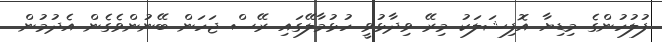
ފުލުހުންގެ މިޑިޔާ އޮފިޝަލަކު މިރޭ ވިދާޅުވީ ހުޅުމާލޭގައި ރޭސް ޖަހަން ބޭނުންވެގެން އެދުމުން